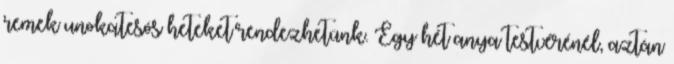
remek unokatesós heteket rendezhetünk. Egy hét anya testvérénél, aztán